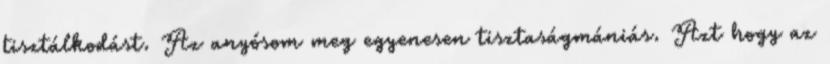
tisztálkodást. Az anyósom meg egyenesen tisztaságmániás. Azt hogy az